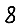
Digit: 8